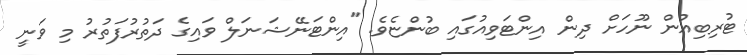
ޓުރިބިއުން ނޫހަށް ދިން އިންޓަވިއުގައި ބުންޏެވެ. "އިންޓަނޭޝަނަލް ވައިގެ ދަތުރުފަތުރު މި ވަނީ